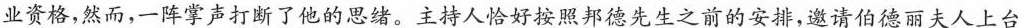
业资格，然而，一阵掌声打断了他的思绪。主持人恰好按照邦德先生之前的安排，邀请伯德丽夫人上台